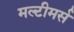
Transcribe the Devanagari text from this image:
मल्टीमर्स